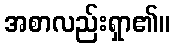
အစာလည်းရှာ၏။